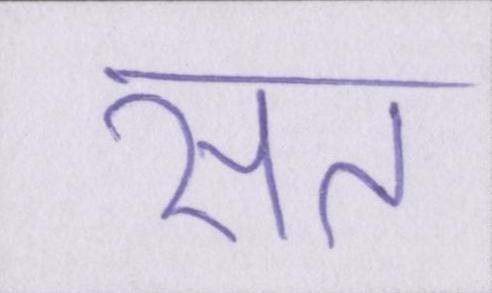
सत